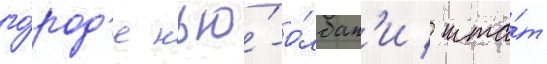
го́род'е нью́-о́лбан'и / шта́т